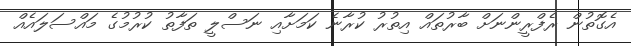
އެގޮތުން ރެފްރީންނަށް ބާރުތައް އިތުރު ކުރާނެ ކަމަށާއި ނަސްލީ ތަފާތު ކުރުމުގެ މައްސަލައެއް